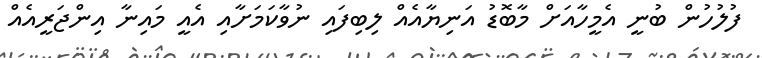
ފުލުހުން ބުނީ އެމީހާއަށް މާބޮޑު އަނިޔާއެއް ލިބިފައި ނުވާކަމަށާއި އެއީ މައިނާ އިންޖަރީއެއް